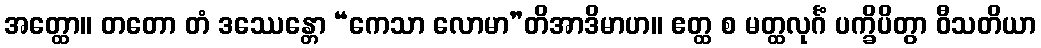
အတ္ထော။ တတော တံ ဒဿေန္တော “ကေသာ လောမာ”တိအာဒိမာဟ။ ဧတ္ထ စ မတ္ထလုင်္ဂံ ပက္ခိပိတွာ ဝီသတိယာ